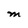
Character: M